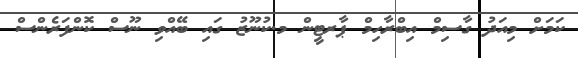
ކަމަށް މިއަދު ގާސިމް އިބްރާހިމް ޕާރޓީން މ.ކުނޫޒު ގައި ބޭއްވި ނޫސް ކޮންފަރެންސް